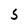
Character: S